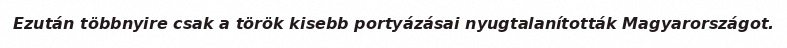
Ezután többnyire csak a török kisebb portyázásai nyugtalanították Magyarországot.